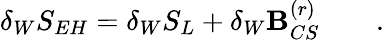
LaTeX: \delta_{W}S_{EH}=\delta_{W}S_{L}+\delta_{W}{\cal\mathbf{B}}_{CS}^{(r)}\qquad.